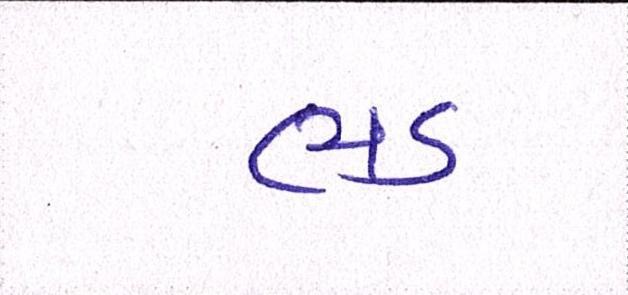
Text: ભડ